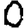
Digit: 0